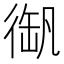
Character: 𢔫